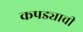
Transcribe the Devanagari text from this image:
कपड्याची